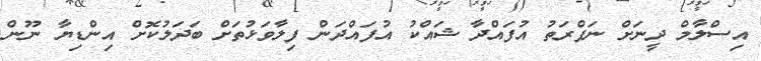
އިސްލާމް ދީނަށް ނަފްރަތު އުފައްދާ ޝައްކު އުފައްދަން ފިލާވަޅުތަށް ބަދަލުކޮށް އިންޑިޔާ ނޫން